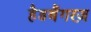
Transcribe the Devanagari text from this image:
हैडबैंगरज़